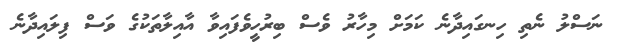
ނަސްލު ނެތި ހިނގައިދާނެ ކަމަށް މިހާރު ވެސް ބިރުހީވެފައިވާ އާއިލާތަކުގެ ވަސް ފިލައިދާނެ